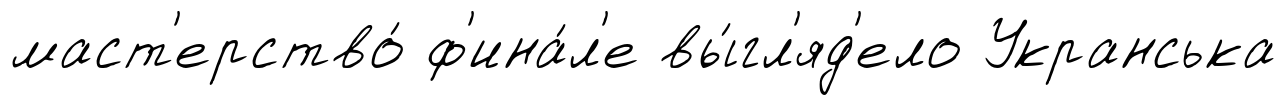
маст'ерство́ ф'ина́л'е вы́гл'яд'ело Укранська